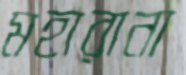
মহারানা